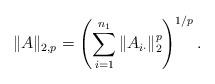
LaTeX: \begin{align*} \| A\|_{2,p}=\left (\sum\limits_{i=1}^{n_1} \| A_{i\cdot}\|^{p}_2\right )^{1/p}. \end{align*}